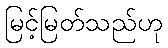
မြင့်မြတ်သည်ဟု